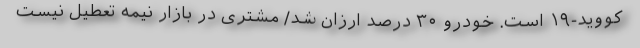
کووید-۱۹ است. خودرو ۳۰ درصد ارزان شد/ مشتری در بازار نیمه تعطیل نیست